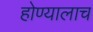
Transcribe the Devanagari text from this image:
होण्यालाच